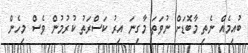
ބުއިމެއް ނެތި މާބޮޑަށް ނުވަތަ މާގިނަ އިރު ކަސްރަތު ކުރުމުން ވެސް މިހެން